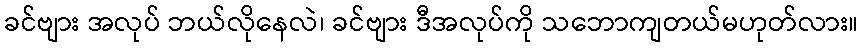
ခင်ဗျား အလုပ် ဘယ်လိုနေလဲ၊ ခင်ဗျား ဒီအလုပ်ကို သဘောကျတယ်မဟုတ်လား။